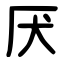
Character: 厌